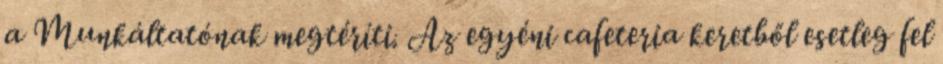
a Munkáltatónak megtéríti. Az egyéni cafeteria keretből esetleg fel